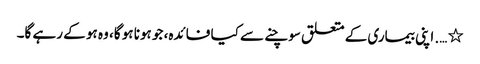
٭ …. اپنی بیماری کے متعلق سوچنے سے کیا فائدہ، جو ہونا ہو گا، وہ ہو کے رہے گا۔